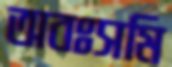
অবঃসমি